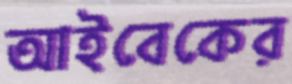
আইবেকের